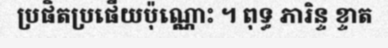
ប្រផិតប្រផើយប៉ុណ្ណោះ ។ ពុទ្ធ ភារិន្ទ ខ្ទាត